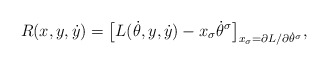
\begin{align*} R ( x, y , \dot{y} ) = \bigl[ L ( \dot{\theta} , y, \dot{y} ) - x _\sigma \dot{\theta} ^\sigma \bigr] _{ x _\sigma = \partial L / \partial \dot{\theta} ^\sigma } ,\end{align*}